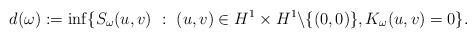
LaTeX: \begin{align*} d(\omega) := \inf \{ S_\omega(u,v) \ : \ (u,v) \in H^1 \times H^1 \backslash \{(0,0)\}, K_\omega(u,v) =0 \}. \end{align*}